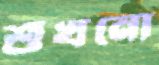
শুঁখনো